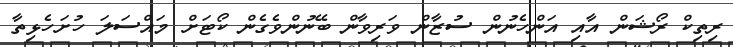
ރިތިކް ރޯޝަން އާއި އަންހެނުން ސުޒާން ވަރިވާން ބޭނުންވެގެން ކޯޓަށް މައްސަލަ ހުށަހެޅިތާ